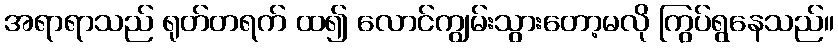
အရာရာသည် ရုတ်တရက် ထ၍ လောင်ကျွမ်းသွားတော့မလို ကြွပ်ရွနေသည်။